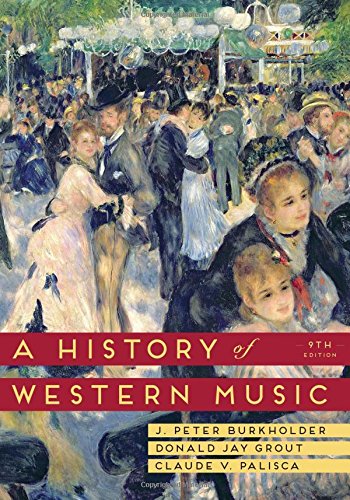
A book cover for A History of Western Music (Ninth Edition); J. Peter Burkholder; Arts & Photography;